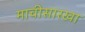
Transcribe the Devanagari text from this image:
माचीसारखा